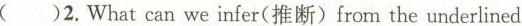
2. What can we infer(推断)from the underlined